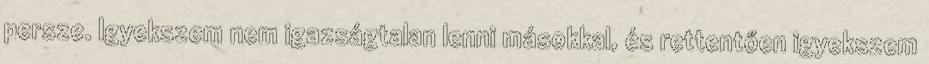
persze. Igyekszem nem igazságtalan lenni másokkal, és rettentően igyekszem